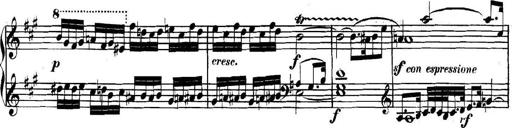
Title: Collected Piano Sonatas
Composer: Muzio Clementi